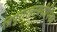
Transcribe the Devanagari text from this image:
त्रिपुरारहस्यदीपिका